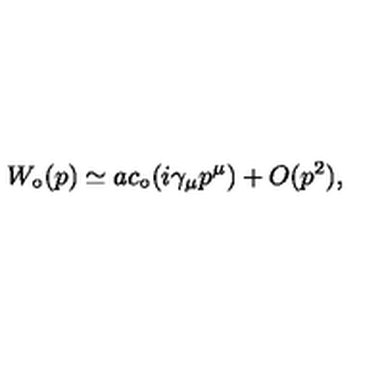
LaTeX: W _ { \circ } ( p ) \simeq a c _ { \circ } ( i \gamma _ { \mu } p ^ { \mu } ) + O ( p ^ { 2 } ) ,